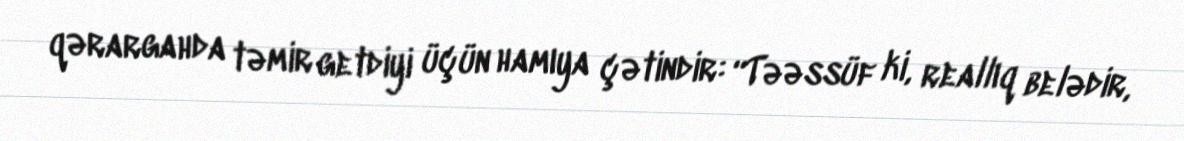
qərargahda təmir getdiyi üçün hamıya çətindir: “Təəssüf ki, reallıq belədir,